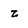
Character: z